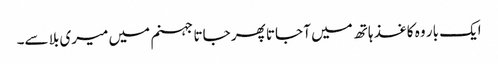
ایک بار وہ کاغذ ہاتھ میں آ جاتا پھر جاتا جہنم میں میری بلا سے۔